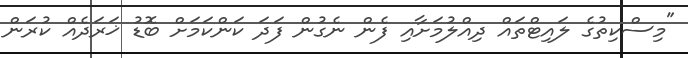
"މިސްކިތުގެ ލައިޓްތައް ދިއްލުމަށާއި ފެން ނެގުން ފަދަ ކަންކަމަށް ބޮޑު ޚަރަދެއް ކުރަން